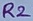
Text: R2